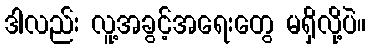
ဒါလည်း လူ့အခွင့်အရေးတွေ မရှိလို့ပဲ။